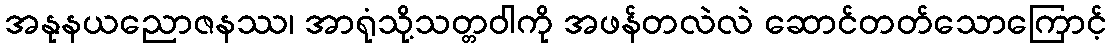
အနုနယညောဇနဿ၊ အာရုံသို့သတ္တဝါကို အဖန်တလဲလဲ ဆောင်တတ်သောကြောင့်